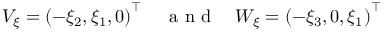
\begin{array} { r } { V _ { \xi } = \left( - \xi _ { 2 } , \xi _ { 1 } , 0 \right) ^ { \top } \quad \mathrm { ~ a ~ n ~ d ~ } \quad W _ { \xi } = \left( - \xi _ { 3 } , 0 , \xi _ { 1 } \right) ^ { \top } } \end{array}